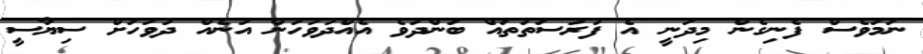
ނަމަވެސް ފެނިގެން މިދަނީ އެ ފުރުސަތުތައް ބަންދުވެ އެއްދުވަހުން އަނެއް ދުވަހަށް ސިޔާސީ